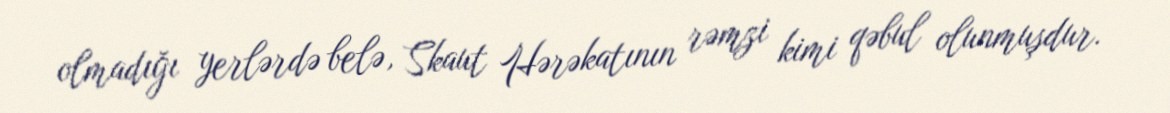
olmadığı yerlərdə belə, Skaut Hərəkatının rəmzi kimi qəbul olunmuşdur.